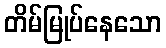
တိမ်မြုပ်နေသော